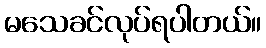
မသေခင်လုပ်ရပါတယ်။